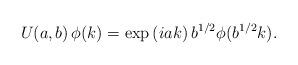
LaTeX: \begin{align*}U(a,b)\,\phi(k) = \exp{(iak)}\,b^{1/2}\phi(b^{1/2}k).\end{align*}